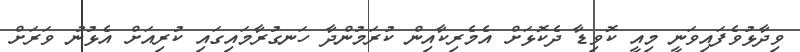
ވިދާޅުވެފައިވަނީ މިއީ ކޮވިޑާ ދެކޮޅަށް އެމެރިކާއިން ކުރަމުންދާ ހަނގުރާމައިގައި ކުރިއަށް އެޅުނު ވަރަށް